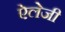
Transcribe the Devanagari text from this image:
ऐलेजी